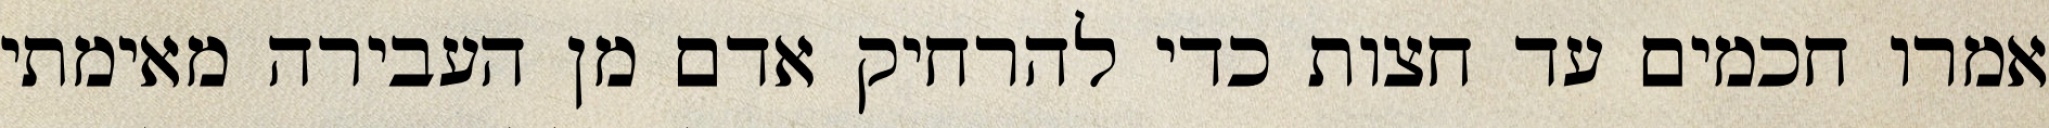
אמרו חכמים עד חצות כדי להרחיק אדם מן העבירה מאימתי